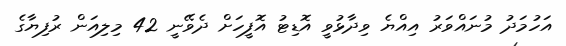
އަހުމަދު މުނައްވަރު އިއްޔެ ވިދާޅުވީ އޮޑިޓު އޮފީހަށް ދެވޭނީ 42 މިލިއަން ރުފިޔާގެ